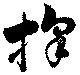
採